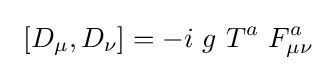
\ \left[D_{\mu },D_{\nu }\right]=-i\ g\ T^{a}\ F_{\mu \nu }^{a}~